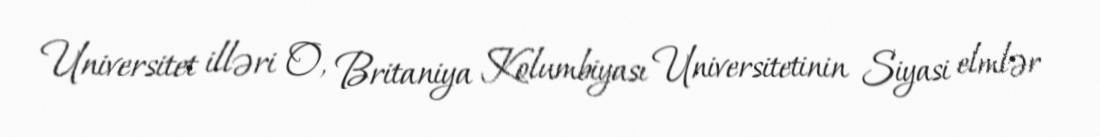
Universitet illəri O, Britaniya Kolumbiyası Universitetinin Siyasi elmlər